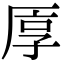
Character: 𠩭